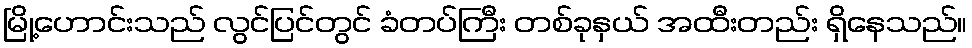
မြို့ဟောင်းသည် လွင်ပြင်တွင် ခံတပ်ကြီး တစ်ခုနှယ် အထီးတည်း ရှိနေသည်။